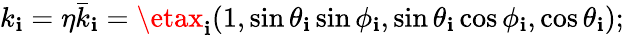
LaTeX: k_{\mathbf{i}}=\eta\bar{{k}}_{\mathbf{i}}=\etax_{\mathbf{i}}(1,\sin\theta_{\mathbf{i}}\sin\phi_{\mathbf{i}},\sin\theta_{\mathbf{i}}\cos\phi_{\mathbf{i}},\cos\theta_{\mathbf{i}});